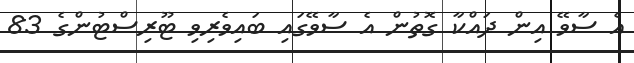
އެ ސާވޭ އިން ދައްކާ ގޮތުން އެ ސާވޭގައި ބައިވެރިވި ޓޫރިސްޓުންގެ 83